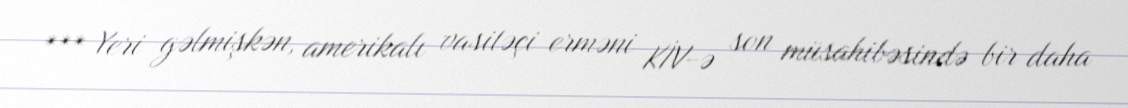
*** Yeri gəlmişkən, amerikalı vasitəçi erməni KİV-ə son müsahibəsində bir daha